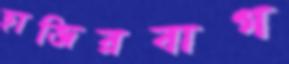
হাজিরবাগ